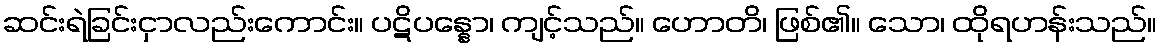
ဆင်းရဲခြင်းငှာလည်းကောင်း။ ပဋိပန္နော၊ ကျင့်သည်။ ဟောတိ၊ ဖြစ်၏။ သော၊ ထိုရဟန်းသည်။